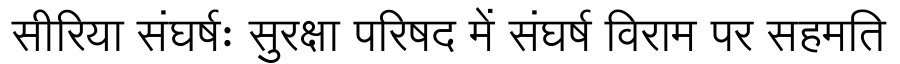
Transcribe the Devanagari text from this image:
सीरिया संघर्षः सुरक्षा परिषद में संघर्ष विराम पर सहमति